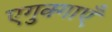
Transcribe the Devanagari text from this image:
एगुक्गाएँ